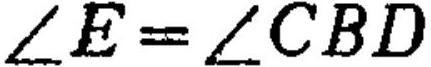
\(\angle E=\angle CBD\)